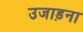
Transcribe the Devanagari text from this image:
उजाड़ना